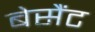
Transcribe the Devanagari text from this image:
बेसैंट